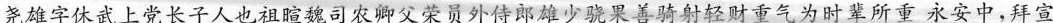
尧雄字休武上党长子人也祖暄魏司农卿父荣员外侍郎雄少骁果善骑射轻财重气为时辈所重永安中，拜宣